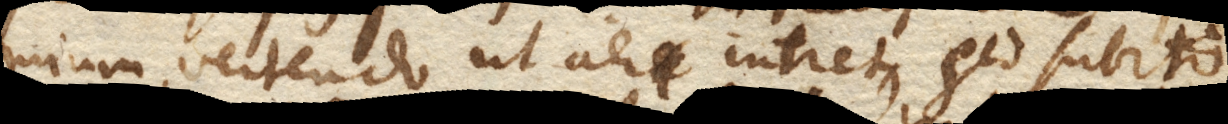
mium vertendo, ut aer intret, sed subito